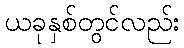
ယခုနှစ်တွင်လည်း